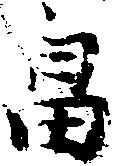
畠